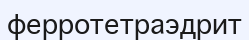
ферротетраэдрит